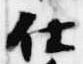
仕